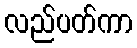
လည်ပတ်ကာ